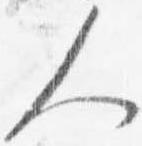
人